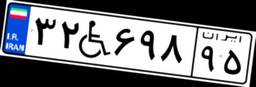
۴۶W۶۶۸۴۷